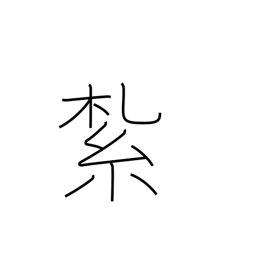
Meaning: tie up